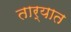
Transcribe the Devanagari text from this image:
तार्‍यात